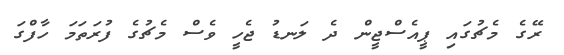
ރޭގެ މެޗުގައި ޕީއެސްޖީން ދެ ލަނޑު ޖެހީ ވެސް މެޗުގެ ފުރަތަމަ ހާފްގަ